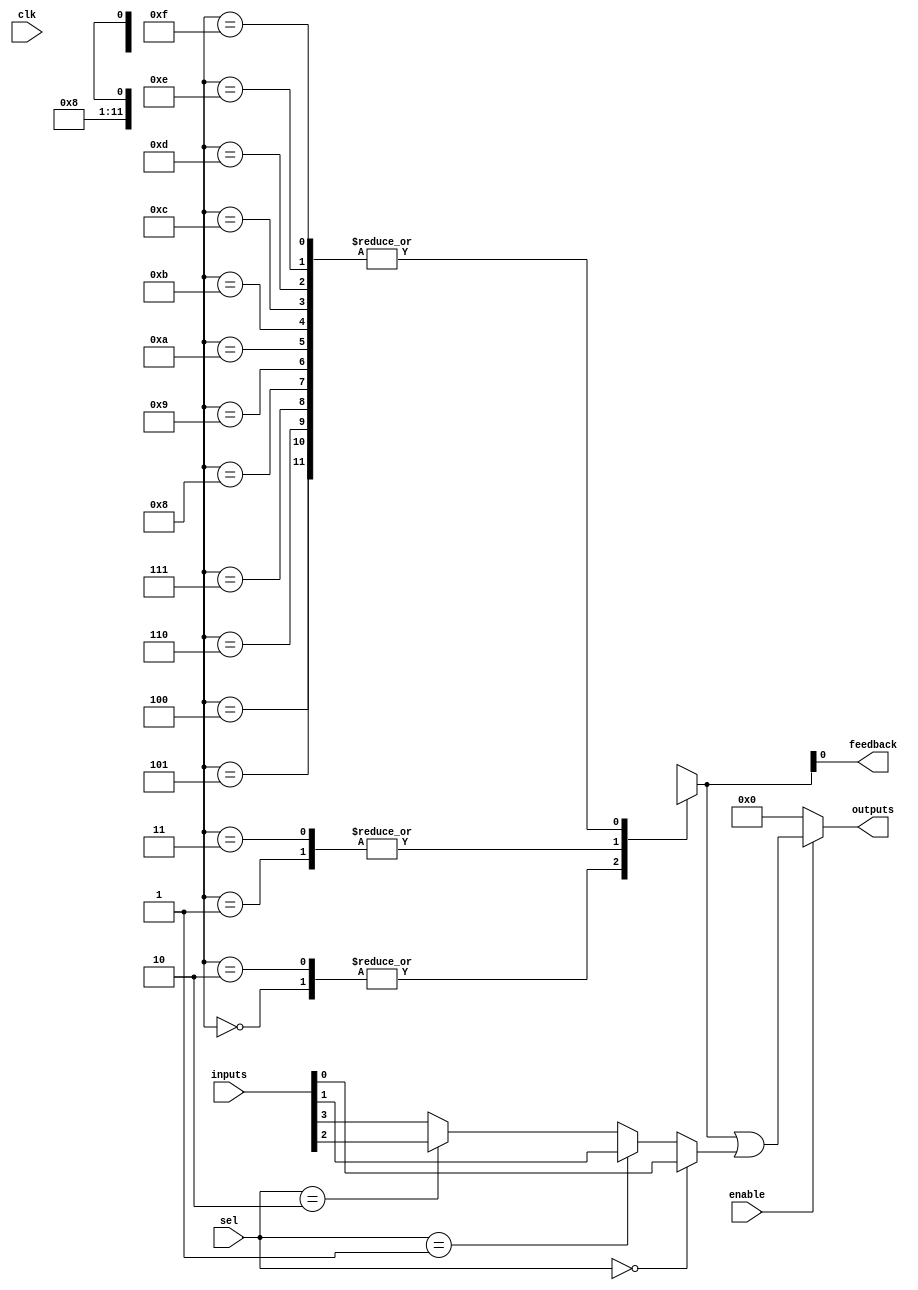
module combinational_logic_block (
    input wire [3:0] inputs,          // Input lines
    input wire enable,                // Enable signal
    input wire [1:0] sel,             // Select signal for multiplexer
    input wire clk,                   // Clock signal for potential gating
    output wire [3:0] outputs,        // Output lines
    output wire feedback              // Feedback path
);

    // Internal signals
    wire [3:0] lut_out;               // Output from LUT
    wire mux_out;                     // Output from multiplexer
    wire [3:0] lut_inputs;            // Inputs to LUT
    reg [3:0] lut_config;             // LUT configuration (truth table)

    // LUT implementation
    always @(*) begin
        case (lut_inputs)
            4'b0000: lut_out = lut_config[0];
            4'b0001: lut_out = lut_config[1];
            4'b0010: lut_out = lut_config[2];
            4'b0011: lut_out = lut_config[3];
            4'b0100: lut_out = lut_config[4];
            4'b0101: lut_out = lut_config[5];
            4'b0110: lut_out = lut_config[6];
            4'b0111: lut_out = lut_config[7];
            4'b1000: lut_out = lut_config[8];
            4'b1001: lut_out = lut_config[9];
            4'b1010: lut_out = lut_config[10];
            4'b1011: lut_out = lut_config[11];
            4'b1100: lut_out = lut_config[12];
            4'b1101: lut_out = lut_config[13];
            4'b1110: lut_out = lut_config[14];
            4'b1111: lut_out = lut_config[15];
            default: lut_out = 1'b0; // Default case
        endcase
    end

    // Multiplexer implementation
    assign mux_out = (sel == 2'b00) ? inputs[0] :
                     (sel == 2'b01) ? inputs[1] :
                     (sel == 2'b10) ? inputs[2] :
                     inputs[3]; // Default to inputs[3]

    // Feedback path
    assign feedback = lut_out;

    // Output logic
    assign outputs = enable ? (lut_out | mux_out) : 4'b0000; // Outputs based on enable

    // Example LUT configuration (can be set externally)
    initial begin
        lut_config = 4'b1010; // Example configuration for LUT
    end

endmodule